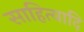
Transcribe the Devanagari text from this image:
साहित्यादि